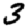
Digit: 3